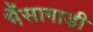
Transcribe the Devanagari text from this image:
भैंसागाड़ी